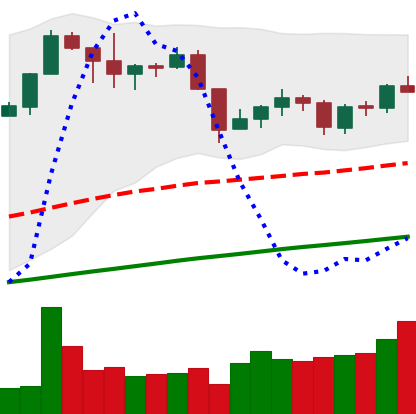
Ticker: XMR-USD
Chart end date: 2019-06-13
Forward return: 7.823%
Label: up_7plus